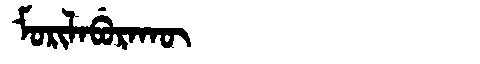
Manchu: ᠮᠣᡵᡳᠯᠠᠪᡠᡵᠠᡴᡡ
Romanization: MORILABURAKŪ